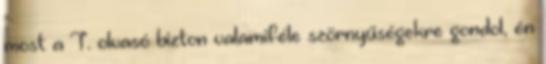
most a T. olvasó bizton valamiféle szörnyűségekre gondol, én